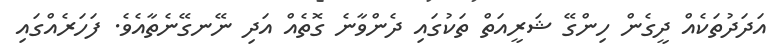
އަދަދުތަކެއް ދީގެން ހިންގޭ ޝަރީއަތް ތަކުގައި ދެންވާނެ ގޮތެއް އަދި ނޭނގޭނެތާއެވެ. ފަހަރެއްގައި